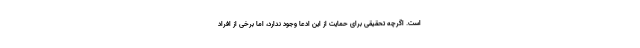
است. اگرچه تحقیقی برای حمایت از این ادعا وجود ندارد، اما برخی از افراد